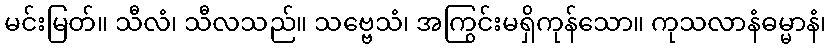
မင်းမြတ်။ သီလံ၊ သီလသည်။ သဗ္ဗေသံ၊ အကြွင်းမရှိကုန်သော။ ကုသလာနံဓမ္မာနံ၊